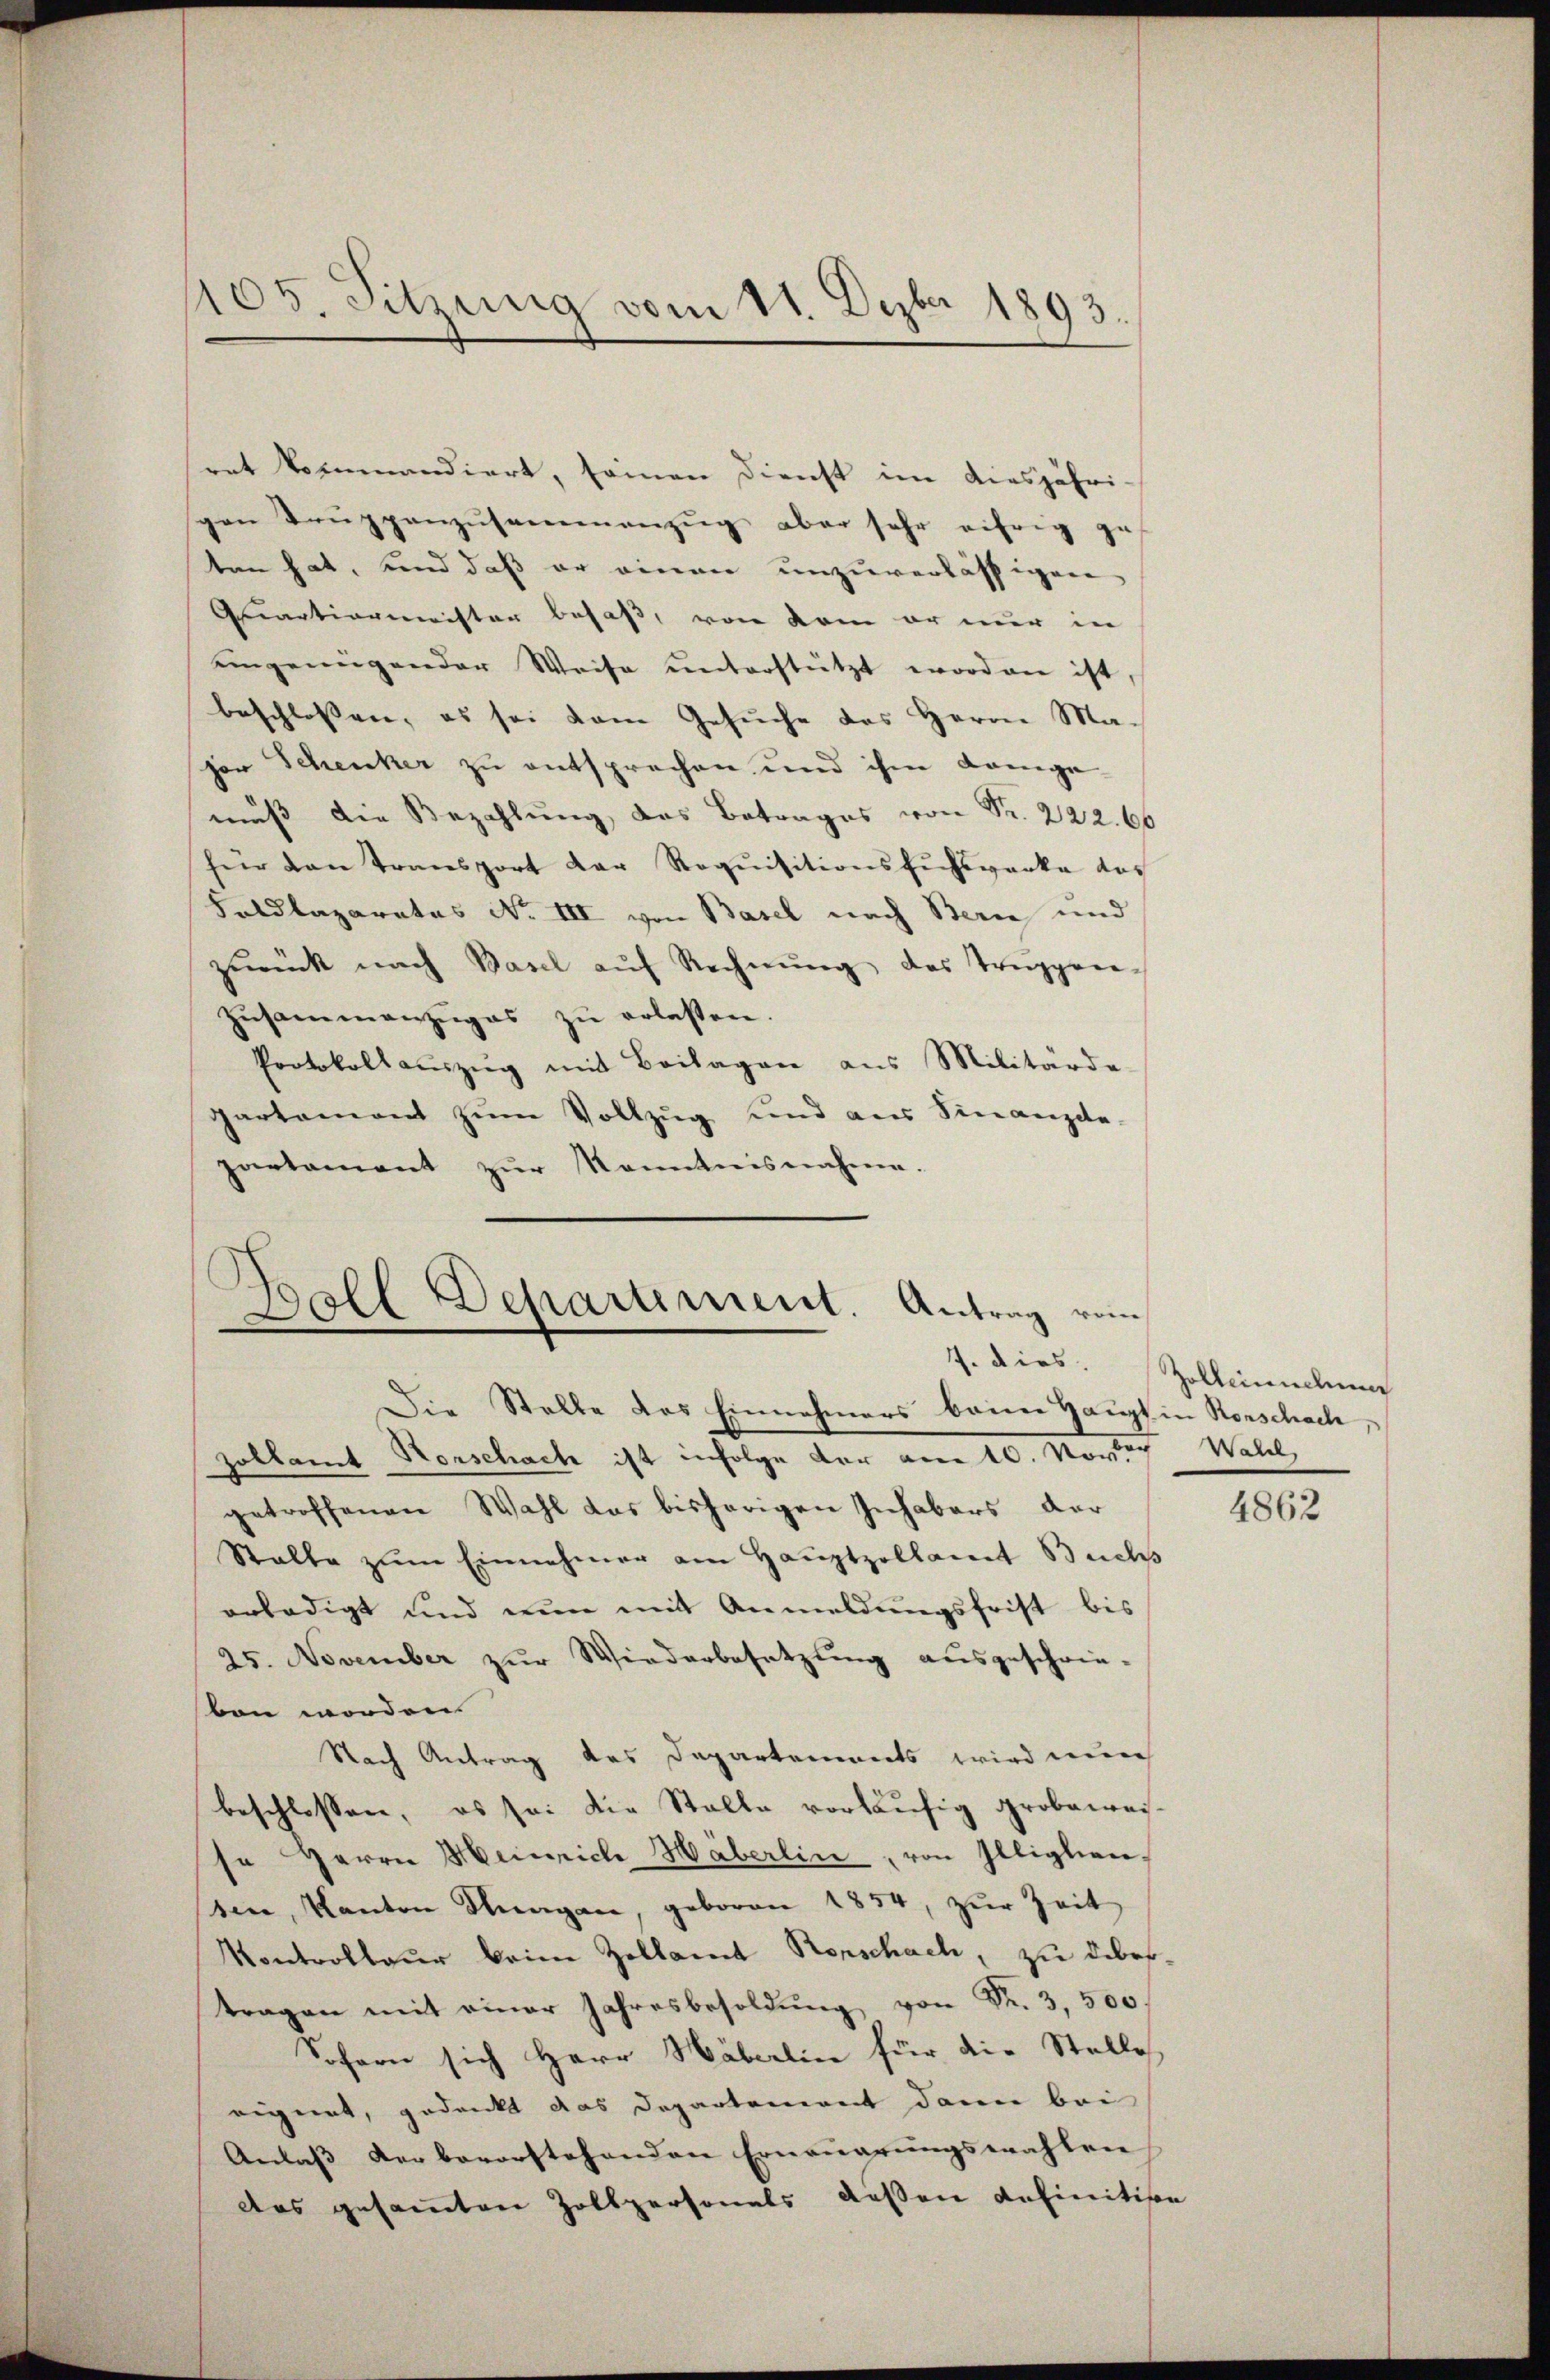
105. Sitzung vom 11. Dezbr 1893.

ret kommandiert, seinen Dienst im diesjähri
pon Trŭppenzusammanzŭg aber sehr eifrig ge
ten hat, und daß er einen unzuverlässigen
Quartienmeisten besaß, von kam er nur in
eingenügender Weise unterstützt worden ist,
beschlossen, es sei dem Gesuche des Herrn Magor Schenker zu entsprechen und ihm dange-
muss die Bezahlung, das Betrages von Fr. 222. 66
für dan transport der Requisitionsfuhrwerke das
Foldlaparates No III von Basel nach Bern und
zŭrück nach Basel aŭf Rechnŭng des Trŭppen-
Zŭsammenzuges zŭ erlassen.
Protokollaŭszŭg mit Beilagen aus Militärde-
partamant zum Vollzug und aus Finanzie
partament zŭr Kenntnisnahme.

Ball Departement. Antrag vom
J. dies.

Die Stelle das Einnahmers beine Haupt in Rorschach,
zollamt Horschach ist infolge der am 20. Novber Wall
getroffenen Wahl das bisherigen Inhabers der
Stalle zum Einnahmer am Hauptzollamt Buchs
erledigt und nun mit Anmeldungsfrist bis
25. November zŭr Wiederbesetzung ausgeschrie-
ben worden.
Nach Antrag des Departements wird nun
beschlossen, es sei die Stalle vorläufig grobeweis-
se Herrn Heinrich Häberlin, von Illiglien,
sen, Kanton Flungen, geboren 1854, zŭr Zeit
Kontrollaur beim Zollamt Rorschach, zu debes-
tragen mit einer Jahresbesoldŭng von Fr. 3,500.
Sofern sich Herr Häberlin für die Stelle
eignet, gedankt das Departement dann bei
Anlaß der bevorstehenden Erneuerungswahlen
das gesammten Zollpersonals deßen definitive

Zollandlung

4862